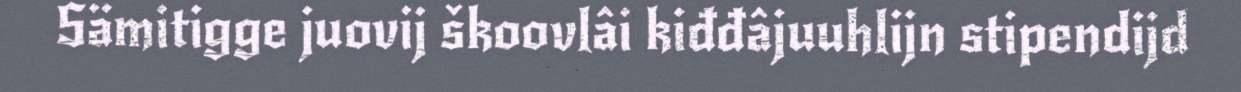
Sämitigge juovij škoovlâi kiđđâjuuhlijn stipendijd